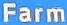
Farm